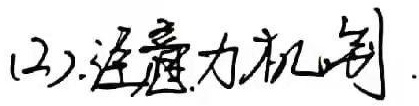
(2) 注意力机制.